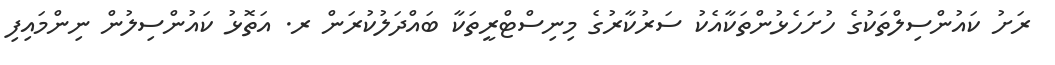
ރަށު ކައުންސިލްތަކުގެ ހުށަހެޅުންތަކާއެކު ސަރުކާރުގެ މިނިސްޓްރީތަކާ ބައްދަލުކުރަން ރ. އަތޮޅު ކައުންސިލުން ނިންމައިފި